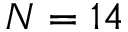
N = 1 4